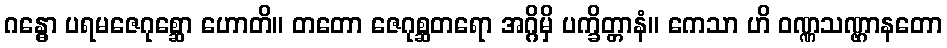
ဂန္ဓော ပရမဇေဂုစ္ဆော ဟောတိ။ တတော ဇေဂုစ္ဆတရော အဂ္ဂိမှိ ပက္ခိတ္တာနံ။ ကေသာ ဟိ ဝဏ္ဏသဏ္ဌာနတော